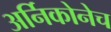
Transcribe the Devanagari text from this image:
अर्निकोनेच